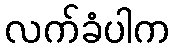
လက်ခံပါက